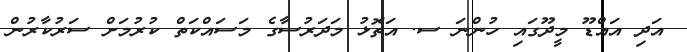
އަދި އައްޑޫ މީދޫގައި ހުންނަ ސ. އަތޮޅު މަދަރުސާގެ މަސައްކަތް ކުރުމަށް ސަރުކާރުން